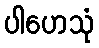
ပါဟေသုံ